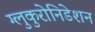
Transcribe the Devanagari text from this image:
ग्लुकुरोनिडेशन